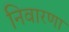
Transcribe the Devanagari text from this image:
निवारणा